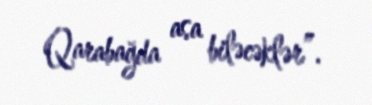
Qarabağda asa biləcəklər”.